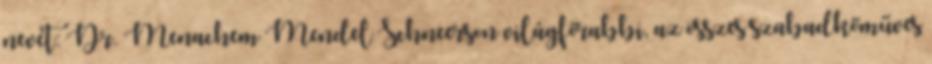
nevét: Dr. Menachem Mendel Schneerson világfőrabbi, az összes szabadkőműves